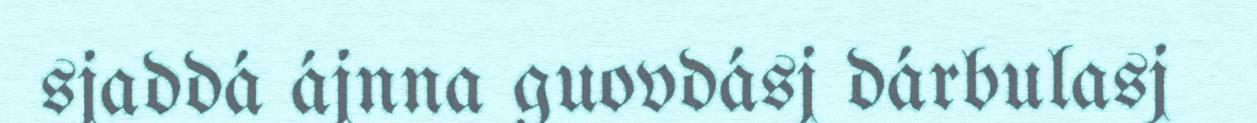
sjaddá ájnna guovdásj dárbulasj